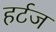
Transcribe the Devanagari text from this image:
हर्टज